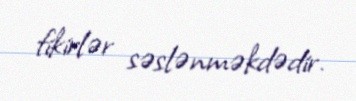
fikirlər səslənməkdədir.